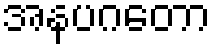
အနပဂတော